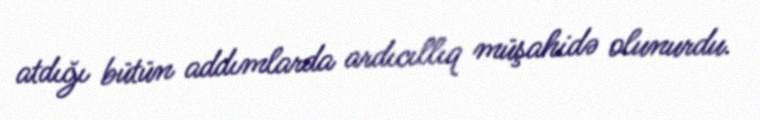
atdığı bütün addımlarda ardıcıllıq müşahidə olunurdu.